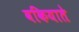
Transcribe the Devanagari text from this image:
वकियाते